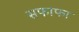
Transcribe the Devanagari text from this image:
सफाफा